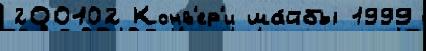
200102 Конв'ер'и ша́йбы 1999